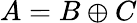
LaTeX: A=B\oplus C